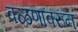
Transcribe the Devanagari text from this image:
वळणावरुन